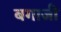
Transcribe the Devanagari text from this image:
बगाजी